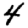
Digit: 4